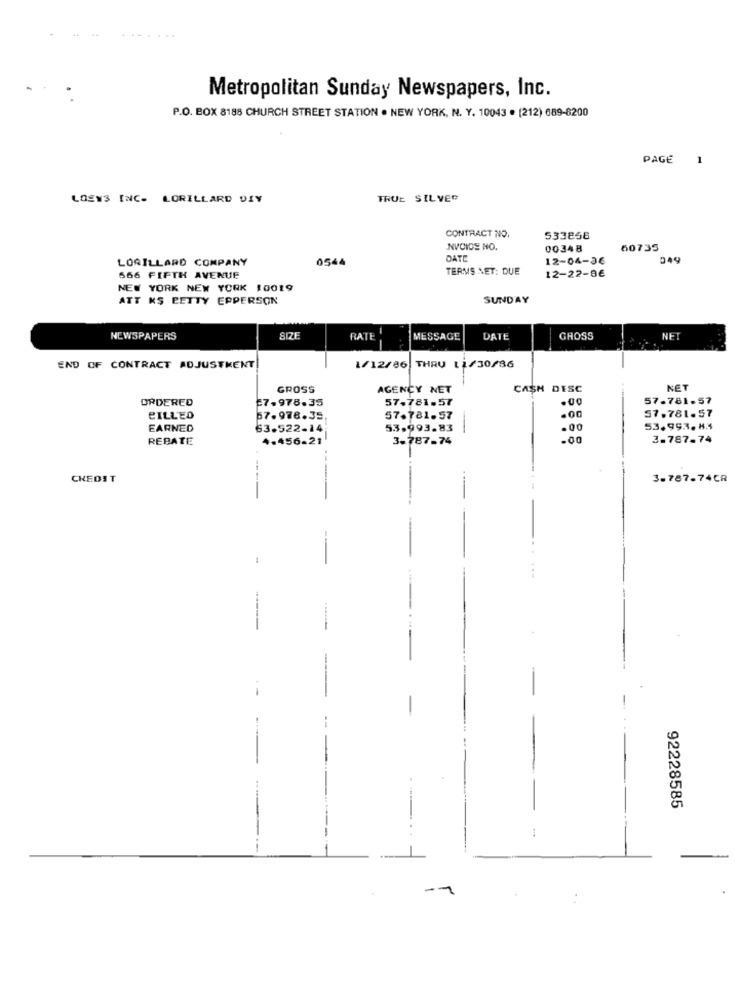
Metropolitan Sunday Newspapers, Inc.
P.O. BOX 8188 CHURCH STREET STATION . NEW YORK, N. Y. 10043 . (212) 689-8200
PAGE
1
LOEWS INC. LORILLARD DIY
TRUE SILVER
CONTRACT NO.
533856
NVCIOS NO.
00348
60735
LORILLARD COMPANY
0544
DATE
12-04-36
049
TERMS NET: DUE
12-22-86
566 FIFTH AVENUE
NEW YORK NEW YORK 10019
ATT KS BETTY EPPERSON
SUNDAY
NEWSPAPERS
SIZE
RATE
MESSAGE
DATE
GROSS
NET
END OF CONTRACT ADJUSTMENT
1/12/86 THRU 11/30/86
GROSS
AGENCY NET
CASH DESC
NET
ORDERED
27.978.35
57.781-57
57.781.57
.00
57.781.57
BILLED
67.978.35.
57.781.57
EARNED
63.522-14
53.993.83
.00
53.993. 8.4
REBATE
4.456-21
3-787-74
.00
3.787-74
CREDIT
3.787.74CR
--
--
-
92228585
--
:
--
-
-1